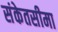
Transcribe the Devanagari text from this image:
संकेतसीमा